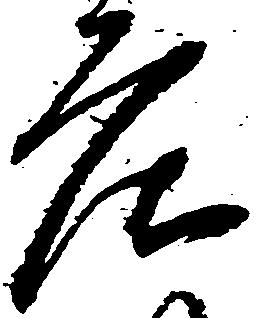
庄